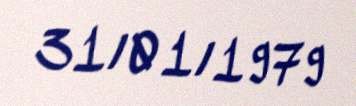
31/01/1979